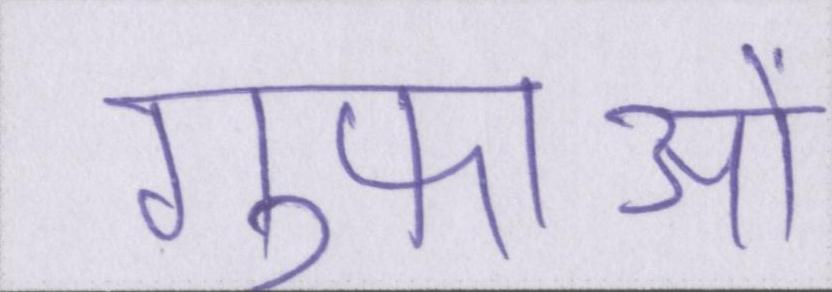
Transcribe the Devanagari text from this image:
गुफाओं